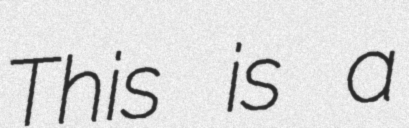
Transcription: This is a